Annual report of the Central Committee of the Association together with the report of the directors of the Pasteur Institute at Kasauli
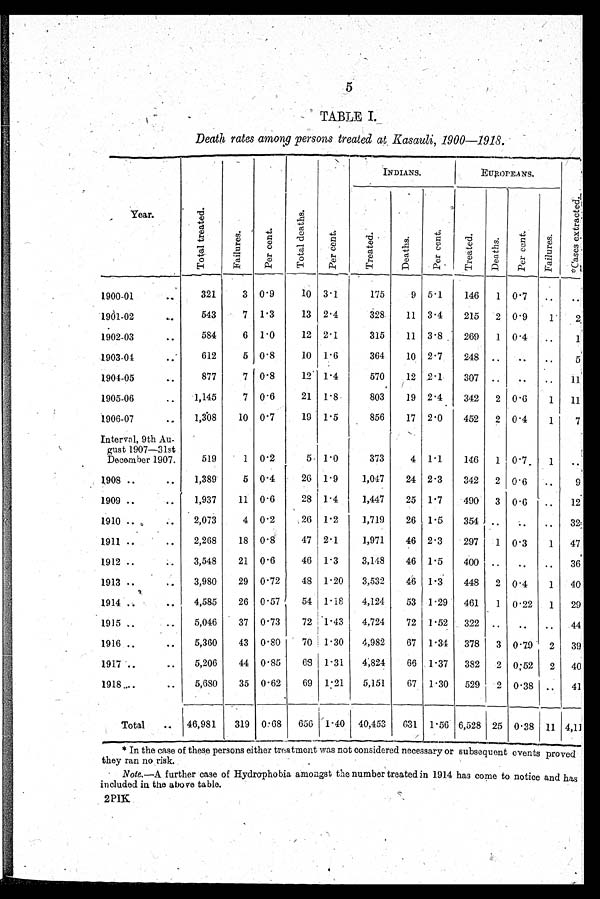
5
TABLE I.
Death rates among persons treated at Kasauli, 1900-1918.
Year.
T o t a l t r e a t e d .
F a i l u r e s .
P e r c e n t .
T o t a l d e a t h s .
P e r c e n t .
INDIANS.
EUROPEANS.
* C a s e s e x t r a c t e d .
T r e a t e d .
D e a t h s .
P e r c e n t .
T r e a t e d .
D e a t h s .
P e r c e n t .
F a i l u r e s .
1900-01
..
321
3 0.9
10 3.1
175
9 5.1
146
1 0.7
..
..
1901-02
...
543
7 1.3
13 2.4
328
11 3.4
215
2 0.9
1
1902-03
..
584
6 1.0
12 2.1
315
11 3.8
269
1 0.4
. .
1
1903-04
. .
612
5 0.8
10 1.6
364
10 2.7
248 ..
. .
5
1904-05
..
877
7 0.8
12 1.4
570
12 2.1
307 ..
..
..
11
1905-06
..
1,145
7 0.6
21 1.8
803
19 2.4
342
2 0.6
1
11
1906-07
. .
1,308
10 0.7
19 1.5
856
17 2.0
452
2 0.4
1
7
Interval, 9th Au
¬gust 1907—31st
December 1907.
519
1 0.2
5 1.0
373
4 1.1
146
1 0.7
1
. .
1908 ..
1,389
5 0.4
26 1.9
1,047
24 2.3
342
2 0.6
. .
9
1909 ..
..
1,937
11 0.6
28 1.4
1,447
25 1.7
490
3 0.6
..
12
1910 ..
..
2,073
4 0.2
26 1.2
1,719
26 1.5
354 ..
. . ..
32
1911 ..
2,268
18 0.8
47 2.1
1,971
46 2.3
297
1 0.3
1
47
1912 ..
3,548
21 0.6
46 1.3
3,148
46 1.5
400 ..
..
..
36
1913 ..
..
3,980
29 0.72
48 1.20
3,532
46 1.3
448
2 0.4
1
40
1914 ..
. .
. .
4,585
26 0.57
54 1.18
4,124
53 1.29
461
1 0.22
1
29
1915 ..
..
5,046
37 0.73
72 1.43
4,724
72 1.52
322 ..
..
..
44
1916 ..
..
5,360
43 0.80
70 1.30
4,982
67 1.34
378
3 0.79
2 I39
1917..
. .
5,206
44 0.85
68 1.31
4,824
66 1.37
382
2 0.52
2
40
1918....
..
5,680
35 0.62
69 1.21
5,151
67 1.30
529 I 2 0.38 ..
41
Total
.. 46,981
319 0.68
656 1.40 40,453
631 1.56 6,528 25 0.38 11 4,11
* In the case of these persons either treatment was not considered necessary or subsequent events proved
they ran no risk.
Note.—A further case of Hydrophobia amongst the number treated in 1914 has come to notice and has
included in the above table.
2PIK